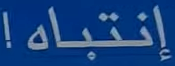
إنتباه!